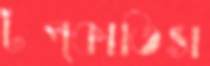
টপ্‌কাতিস